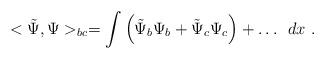
LaTeX: \begin{align*}<\tilde{\Psi},\Psi>_{bc}= \int{\left(\tilde{\Psi}_b \Psi_b + \tilde{\Psi}_c\Psi_c\right) + \dots } \ \ dx \ .\end{align*}